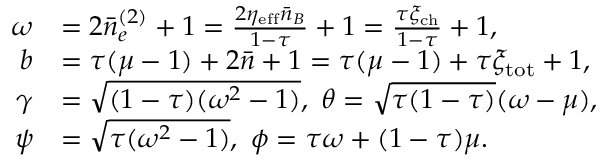
\begin{array} { r l } { \omega } & { = 2 \bar { n } _ { e } ^ { ( 2 ) } + 1 = \frac { 2 \eta _ { \mathrm { e f f } } \bar { n } _ { B } } { 1 - \tau } + 1 = \frac { \tau \xi _ { \mathrm { c h } } } { 1 - \tau } + 1 , } \\ { b } & { = \tau ( \mu - 1 ) + 2 \bar { n } + 1 = \tau ( \mu - 1 ) + \tau \xi _ { \mathrm { t o t } } + 1 , } \\ { \gamma } & { = \sqrt { ( 1 - \tau ) ( \omega ^ { 2 } - 1 ) } , ~ \theta = \sqrt { \tau ( 1 - \tau ) } ( \omega - \mu ) , } \\ { \psi } & { = \sqrt { \tau ( \omega ^ { 2 } - 1 ) } , ~ \phi = \tau \omega + ( 1 - \tau ) \mu . } \end{array}